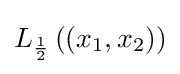
L_{\frac {1}{2}}\left((x_{1},x_{2})\right)